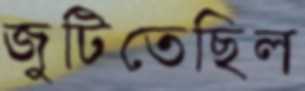
জুটিতেছিল